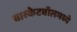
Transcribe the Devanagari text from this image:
बास्केटबॉलमध्ये